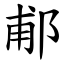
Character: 郙